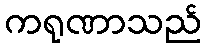
ကရုဏာသည်